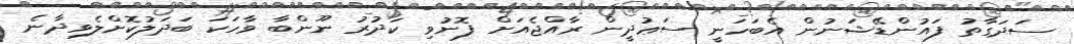
ސަދަގާތު ފައުންޑޭޝަނުން އެބަހަނީ ސަޢުދީން ރާއްޖެއަށް ފޮނުވި ކަދުރު ނޫންބާ ވާހަކަ ބަދަލުކޮށްލެވިދާނެ